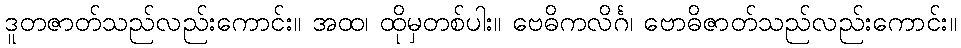
ဒူတဇာတ်သည်လည်းကောင်း။ အထ၊ ထိုမှတစ်ပါး။ ဗေဓိကလိင်္ဂ၊ ဗောဓိဇာတ်သည်လည်းကောင်း။